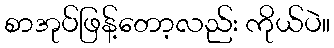
စာအုပ်ဖြန့်တော့လည်း ကိုယ်ပဲ။